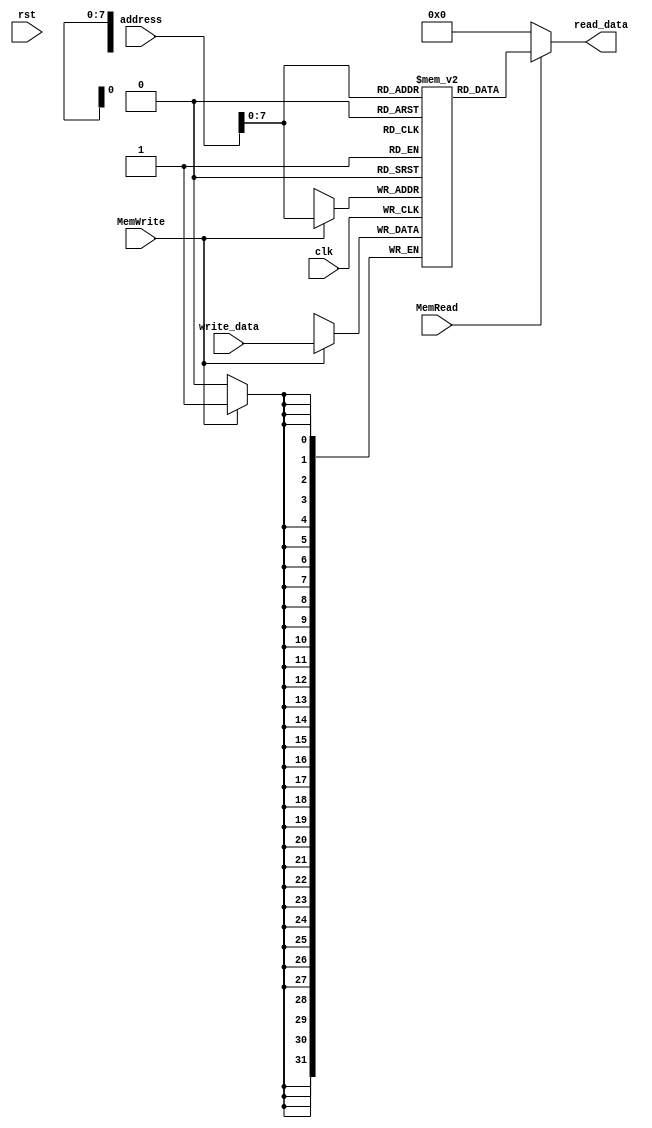
`timescale 1ns / 1ps
//////////////////////////////////////////////////////////////////////////////////
// Company: 
// Engineer: 
// 
// Design Name: 
// Module Name: data_mem
// Project Name: 
// Target Devices: 
// Tool Versions: 
// Description: 
// 
// Dependencies: 
// 
// Revision:
// Revision 0.01 - File Created
// Additional Comments:
// 
//////////////////////////////////////////////////////////////////////////////////


module Data_mem(clk,rst,address,write_data,MemWrite,MemRead,read_data);
    input[31:0]address,write_data;
    input MemWrite,MemRead,clk,rst;
    output [31:0]read_data;
    reg [31:0]mem[255:0];//size
    integer i;
    initial begin
            for(i=0;i<=255;i=i+1)begin
                mem[i]=0;
            end
            mem[1]=1;
            mem[2]=1001;
    end
    always @(posedge clk)begin
        if(MemWrite)
            mem[address]<=write_data;
    end
    assign read_data=(MemRead==1'b1)?mem[address]:0;
endmodule